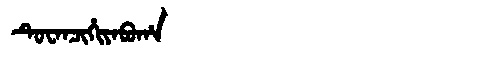
Manchu: ᡨᡠᠸᠠᠨᠴᡳᡥᡳᠶᠠᠪᡠᡥᠠ
Romanization: TUWANCIHIYABUHA